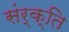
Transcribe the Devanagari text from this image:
संर्क्ति